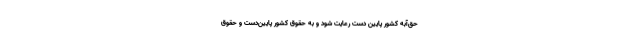
حق‌آبه کشور ‌پایین دست رعایت شود و به حقوق کشور ‌پایین‌دست و حقوق